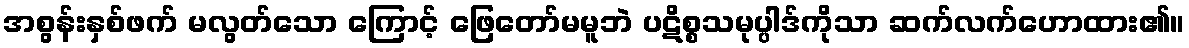
အစွန်းနှစ်ဖက် မလွတ်သော ကြောင့် ဖြေတော်မမူဘဲ ပဋိစ္စသမုပ္ပါဒ်ကိုသာ ဆက်လက်ဟောထား၏။